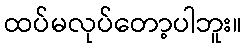
ထပ်မလုပ်တော့ပါဘူး။